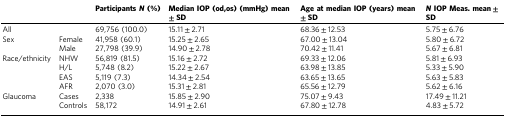
|  |  | Participants N (%) | Median IOP (od,os) (mmHg) mean ± SD | Age at median IOP (years) mean ± SD | N IOP Meas. mean ± SD |
 | --- | --- | --- | --- | --- | --- |
 | All |  | 69,756 (100.0) | 15.11 ± 2.71 | 68.36 ± 12.53 | 5.75 ± 6.76 |
 | <ROWSPAN=2> Sex | Female | 41,958 (60.1) | 15.25 ± 2.65 | 67.00 ± 13.04 | 5.80 ± 6.72 |
 | Male | 27,798 (39.9) | 14.90 ± 2.78 | 70.42 ± 11.41 | 5.67 ± 6.81 |
 | <ROWSPAN=4> Race/ethnicity | NHW | 56,819 (81.5) | 15.16 ± 2.72 | 69.33 ± 12.06 | 5.81 ± 6.93 |
 | H/L | 5,748 (8.2) | 15.22 ± 2.67 | 63.98 ± 13.85 | 5.33 ± 5.90 |
 | EAS | 5,119 (7.3) | 14.34 ± 2.54 | 63.65 ± 13.65 | 5.63 ± 5.83 |
 | AFR | 2,070 (3.0) | 15.31 ± 2.81 | 65.56 ± 12.79 | 5.62 ± 6.16 |
 | <ROWSPAN=2> Glaucoma | Cases | 2,338 | 15.85 ± 2.90 | 75.07 ± 9.43 | 17.49 ± 11.21 |
 | Controls | 58,172 | 14.91 ± 2.61 | 67.80 ± 12.78 | 4.83 ± 5.72 |